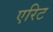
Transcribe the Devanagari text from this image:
एरिट